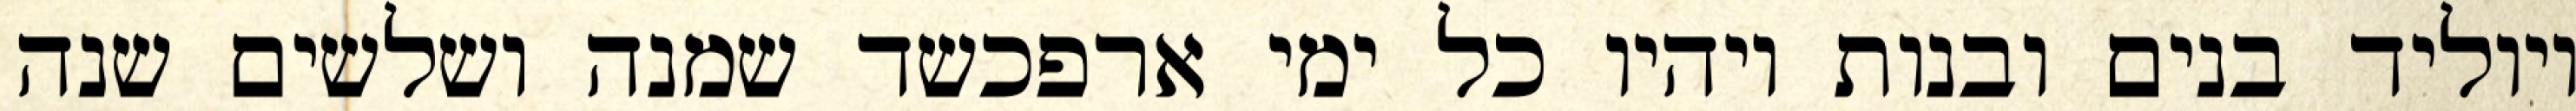
ויוליד בנים ובנות ויהיו כל ימי ארפכשד שמנה ושלשים שנה